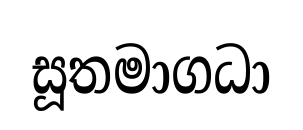
සූතමාගධා